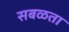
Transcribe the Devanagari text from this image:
सबळता